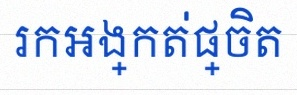
រកអង្កត់ផ្ចិត